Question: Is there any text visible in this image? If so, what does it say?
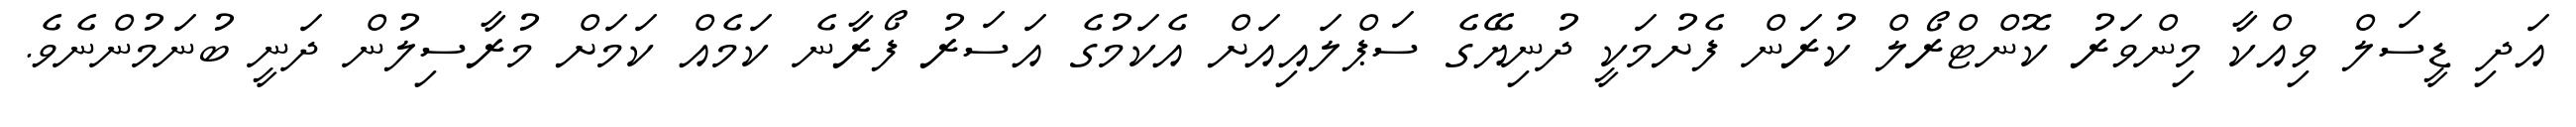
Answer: އަދި ޑީސަލް ވިއްކާ މިންވަރު ކޮންޓްރޯލް ކުރަން ފެށުމަކީ ދުނިޔޭގެ ސަޕްލައިއަށް އެކަމުގެ އަސަރު ފޯރާނެ ކަމެއް ކަމަށް މުރާސިލުން ދަނީ ބުނަމުންނެވެ.